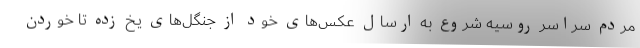
مردم سراسر روسیه شروع به ارسال عکس‌های خود از جنگل‌های یخ زده تا خوردن